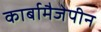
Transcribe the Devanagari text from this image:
कार्बामैजेपीन